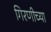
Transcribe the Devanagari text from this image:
गिरणीच्या